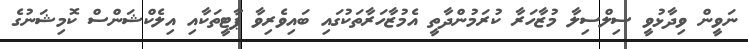
ނަވީން ވިދާޅުވީ ސިލްސިލާ މުޒާހަރާ ކުރަމުންދާތީ އެމުޒާހަރާތަކުގައި ބައިވެރިވާ ޕާޓީތަކާއި އިލެކްޝަންސް ކޮމިޝަނުގެ